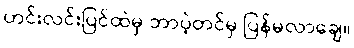
ဟင်းလင်းပြင်ထဲမှ ဘာပဲ့တင်မှ ပြန်မလာချေ။